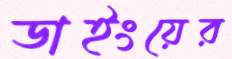
ডাইংয়ের